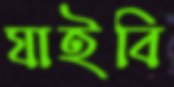
যাইবি